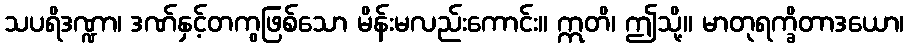
သပရိဒဏ္ဍာ၊ ဒဏ်နှင့်တကွဖြစ်သော မိန်းမလည်းကောင်း။ ဣတိ၊ ဤသို့။ မာတုရက္ခိတာဒယော၊